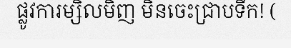
ផ្លូវការម្សិលមិញ មិនចេះជ្រាបទឹក! (